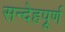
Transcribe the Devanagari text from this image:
सन्देहपूर्ण